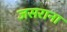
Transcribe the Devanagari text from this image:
जसराना